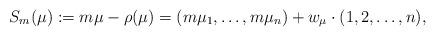
LaTeX: \begin{align*}S_{m}(\mu):=m\mu-\rho(\mu)=(m\mu_1,\dots,m\mu_n) + w_{\mu}\cdot(1,2,\dots,n),\end{align*}